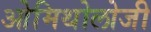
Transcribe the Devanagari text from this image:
ओमिथोलोजी